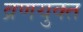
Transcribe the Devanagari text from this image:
व्रणयुक्त